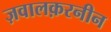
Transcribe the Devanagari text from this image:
ज़वालक़रनीन